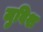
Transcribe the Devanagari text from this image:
जुविश